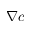
| \nabla c |